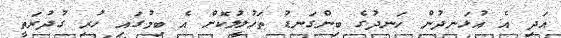
އަދި އެ އުޅަނދުން ހަނދުގެ ބިންގަނޑު ތަހުލީލުކޮށް އެ ބިމުގައި ހުރި ގުދުރަތީ